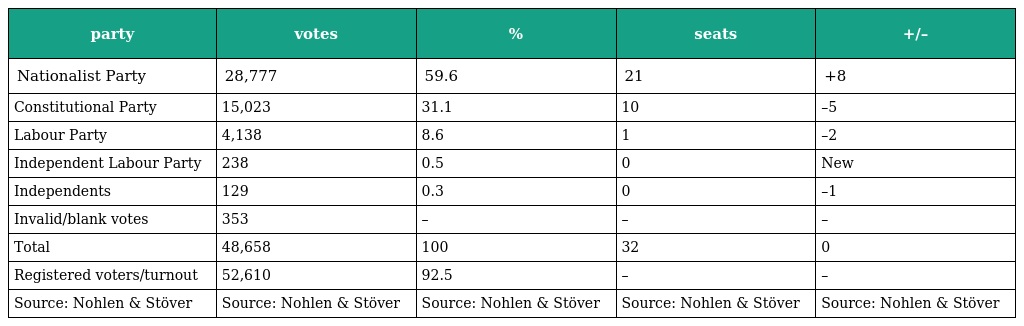
| party | votes | % | seats | +/– |
 | --- | --- | --- | --- | --- |
 | Nationalist Party | 28,777 | 59.6 | 21 | +8 |
 | Constitutional Party | 15,023 | 31.1 | 10 | –5 |
 | Labour Party | 4,138 | 8.6 | 1 | –2 |
 | Independent Labour Party | 238 | 0.5 | 0 | New |
 | Independents | 129 | 0.3 | 0 | –1 |
 | Invalid/blank votes | 353 | – | – | – |
 | Total | 48,658 | 100 | 32 | 0 |
 | Registered voters/turnout | 52,610 | 92.5 | – | – |
 | Source: Nohlen & Stöver | Source: Nohlen & Stöver | Source: Nohlen & Stöver | Source: Nohlen & Stöver | Source: Nohlen & Stöver |